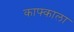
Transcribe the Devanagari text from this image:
काफ्काला